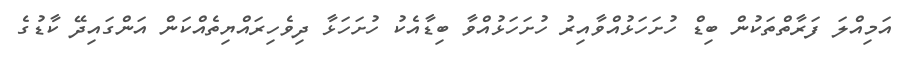
އަމިއްލަ ފަރާތްތަކުން ބިޑް ހުށަހަޅުއްވާއިރު ހުށަހަޅުއްވާ ބިޑާއެކު ހުށަހަޅާ ދިވެހިރައްޔިތެއްކަން އަންގައިދޭ ކާޑުގެ